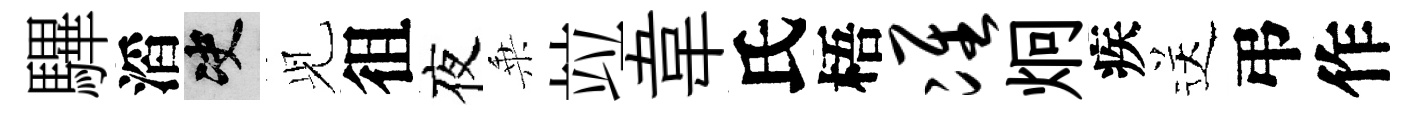
驆滔决𫤗徂夜乗竝韋氏梧准炯疾送弔作